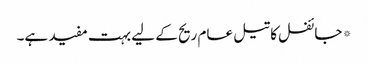
*جائفل کا تیل عام ریح کے لیے بہت مفید ہے۔